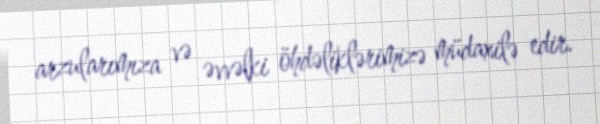
arzularımıza və əvvəlki öhdəliklərimizə müdaxilə edir.